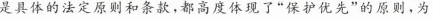
是具体的法定原则和条款，都高度体现了”保护优先”的原则，为\